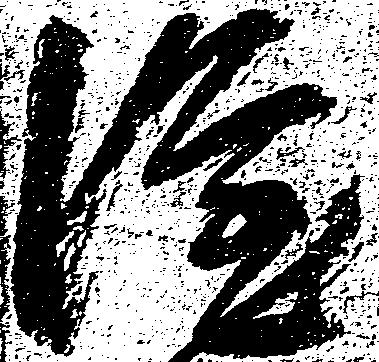
隆